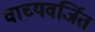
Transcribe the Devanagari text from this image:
वाच्यवर्जित